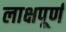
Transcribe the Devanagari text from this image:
लाक्षपूर्ण